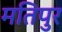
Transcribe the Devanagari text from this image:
मतिपुर